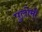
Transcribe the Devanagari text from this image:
पुलोमी